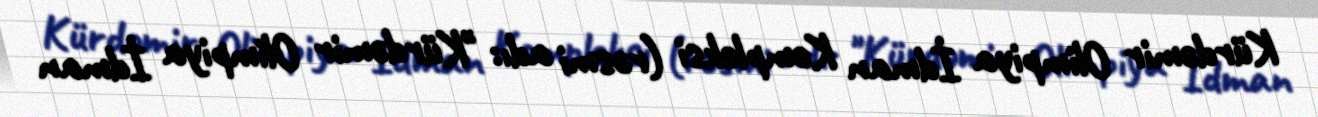
Kürdəmir Olimpiya İdman Kompleksi (rəsmi adı: "Kürdəmir Olimpiya İdman